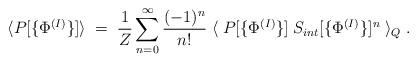
LaTeX: \begin{align*}\langle P[\{\Phi^{(I)}\}] \rangle \; = \; \frac{1}{Z} \sum_{n=0}^\infty \frac{(-1)^n}{n!}\; \langle \; P[\{\Phi^{(I)}\}] \; S_{int}[ \{\Phi^{(I)}\}]^n\; \rangle_Q \; .\end{align*}